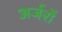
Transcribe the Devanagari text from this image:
अर्जरों